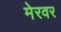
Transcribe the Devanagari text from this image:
मेरवर